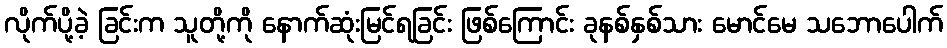
လိုက်ပို့ခဲ့ ခြင်းက သူတို့ကို နောက်ဆုံးမြင်ရခြင်း ဖြစ်ကြောင်း ခုနစ်နှစ်သား မောင်မေ သဘောပေါက်